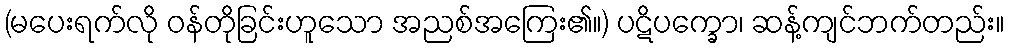
(မပေးရက်လို ဝန်တိုခြင်းဟူသော အညစ်အကြေး၏။) ပဋိပက္ခော၊ ဆန့်ကျင်ဘက်တည်း။